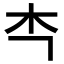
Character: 𭩘